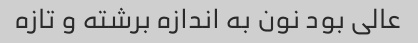
عالی بود نون به اندازه برشته و تازه